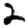
Digit: 2